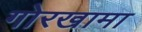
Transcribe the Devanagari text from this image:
गोरखामा